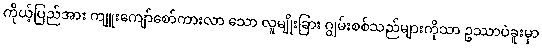
ကိုယ့်ပြည်အား ကျူးကျော်စော်ကားလာ သော လူမျိုးခြား ဂျွမ်းစစ်သည်များကိုသာ ဥဿာပဲခူးမှာ